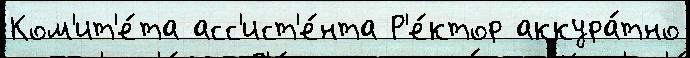
Ком'ит'е́та асс'ист'е́нта Р'е́ктор аккура́тно